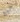
من